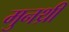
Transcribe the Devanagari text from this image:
मुनथ्री